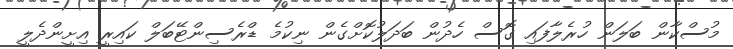
މުސްކާން ބަލަން ހުރެލާފައި ގޮސް ހެދުން ބަދަލުކޮށްގެން ނިކުމެ ޑްރެސިންޓޭބަލް ކައިރީ އިށީންދެލީ